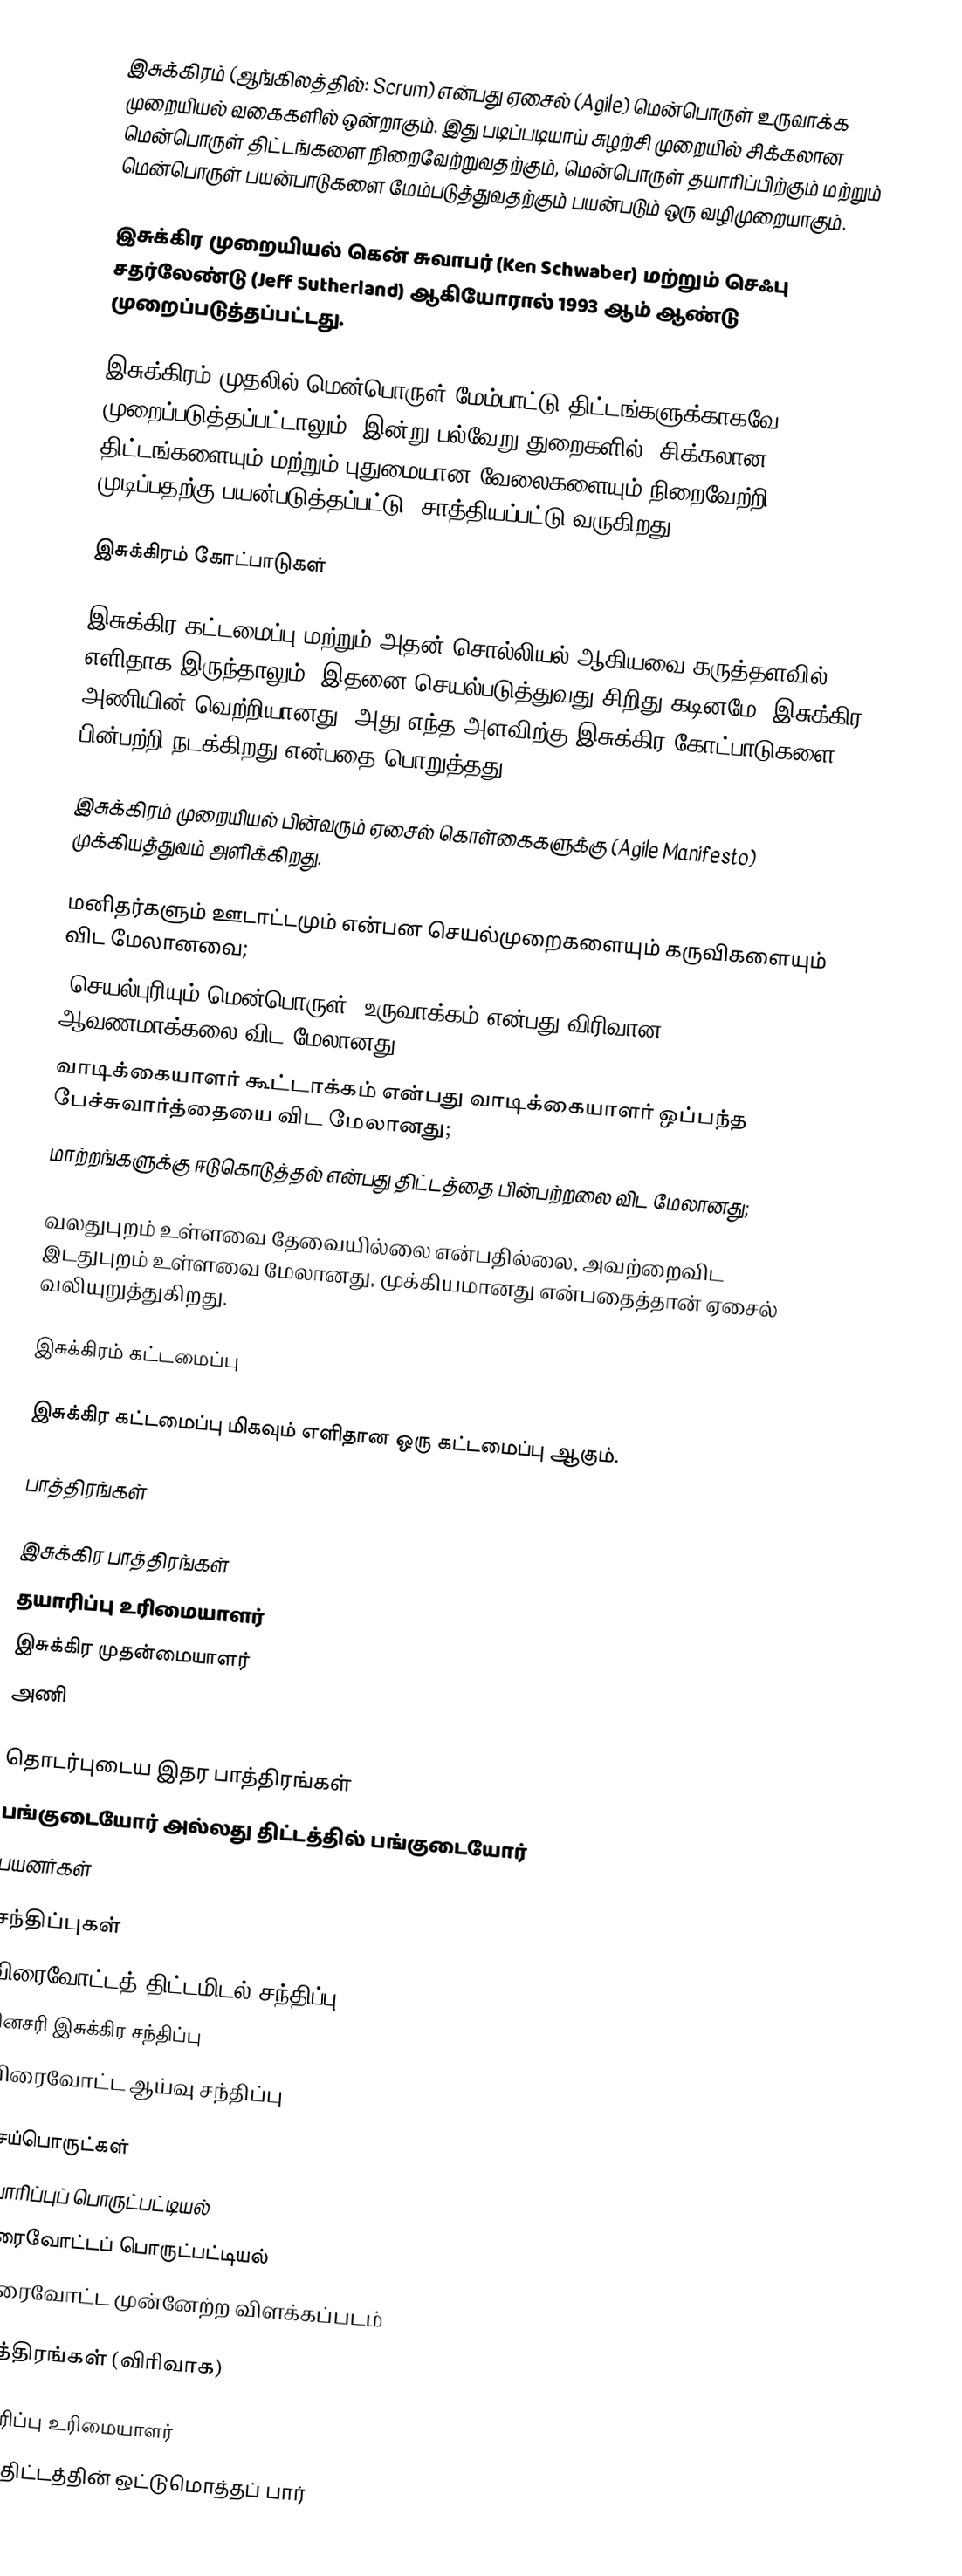
இசுக்கிரம் (ஆங்கிலத்தில்: Scrum) என்பது ஏசைல் (Agile) மென்பொருள் உருவாக்க முறையியல் வகைகளில் ஒன்றாகும். இது படிப்படியாய் சுழற்சி முறையில் சிக்கலான மென்பொருள் திட்டங்களை நிறைவேற்றுவதற்கும், மென்பொருள் தயாரிப்பிற்கும் மற்றும் மென்பொருள் பயன்பாடுகளை மேம்படுத்துவதற்கும் பயன்படும் ஒரு வழிமுறையாகும்.

இசுக்கிர முறையியல் கென் சுவாபர் (Ken Schwaber) மற்றும் செஃபு சதர்லேண்டு (Jeff Sutherland) ஆகியோரால் 1993 ஆம் ஆண்டு முறைப்படுத்தப்பட்டது.

இசுக்கிரம் முதலில் மென்பொருள் மேம்பாட்டு திட்டங்களுக்காகவே முறைப்படுத்தப்பட்டாலும், இன்று பல்வேறு துறைகளில், சிக்கலான திட்டங்களையும் மற்றும் புதுமையான வேலைகளையும் நிறைவேற்றி முடிப்பதற்கு பயன்படுத்தப்பட்டு, சாத்தியப்பட்டு வருகிறது.

இசுக்கிரம் கோட்பாடுகள்

இசுக்கிர கட்டமைப்பு மற்றும் அதன் சொல்லியல் ஆகியவை  கருத்தளவில் எளிதாக இருந்தாலும், இதனை செயல்படுத்துவது சிறிது கடினமே. இசுக்கிர அணியின் வெற்றியானது, அது எந்த அளவிற்கு இசுக்கிர கோட்பாடுகளை பின்பற்றி நடக்கிறது என்பதை பொறுத்தது.

இசுக்கிரம் முறையியல் பின்வரும் ஏசைல் கொள்கைகளுக்கு (Agile Manifesto) முக்கியத்துவம் அளிக்கிறது.

 மனிதர்களும் ஊடாட்டமும் என்பன செயல்முறைகளையும்  கருவிகளையும்  விட மேலானவை;
 'செயல்புரியும் மென்பொருள்' உருவாக்கம் என்பது விரிவான ஆவணமாக்கலை விட மேலானது;
 வாடிக்கையாளர் கூட்டாக்கம் என்பது வாடிக்கையாளர் ஒப்பந்த பேச்சுவார்த்தையை விட மேலானது;
 மாற்றங்களுக்கு ஈடுகொடுத்தல் என்பது திட்டத்தை பின்பற்றலை விட மேலானது;

வலதுபுறம் உள்ளவை தேவையில்லை என்பதில்லை, அவற்றைவிட இடதுபுறம் உள்ளவை மேலானது, முக்கியமானது என்பதைத்தான் ஏசைல் வலியுறுத்துகிறது.

இசுக்கிரம் கட்டமைப்பு

இசுக்கிர கட்டமைப்பு மிகவும் எளிதான ஒரு கட்டமைப்பு ஆகும்.

பாத்திரங்கள்

இசுக்கிர பாத்திரங்கள்
 தயாரிப்பு உரிமையாளர்
 இசுக்கிர முதன்மையாளர்
 அணி

தொடர்புடைய இதர பாத்திரங்கள்
 பங்குடையோர் அல்லது திட்டத்தில் பங்குடையோர்
 பயனர்கள்

சந்திப்புகள்
 விரைவோட்டத் திட்டமிடல் சந்திப்பு
 தினசரி இசுக்கிர சந்திப்பு
 விரைவோட்ட ஆய்வு சந்திப்பு

செய்பொருட்கள்
 தயாரிப்புப் பொருட்பட்டியல்
 விரைவோட்டப் பொருட்பட்டியல்
 விரைவோட்ட முன்னேற்ற விளக்கப்படம்

பாத்திரங்கள் (விரிவாக)

தயாரிப்பு உரிமையாளர்
 ஒரு திட்டத்தின் ஒட்டுமொத்தப் பார்